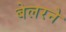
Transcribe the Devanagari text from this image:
बेलरने